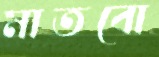
মাতবো